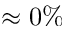
\approx 0 \%